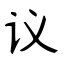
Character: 议